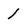
Character: 1